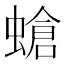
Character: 螥